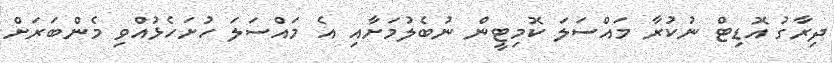
ދިރާގު އޮޑިޓް ނުކުރާ މައްސަލަ ކޮމިޓީން ނުބެލުމަށާއި އެ މައްސަލަ ހުށަހެޅުއްވި މެންބަރަށް